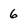
Character: 6